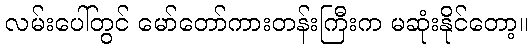
လမ်းပေါ်တွင် မော်တော်ကားတန်းကြီးက မဆုံးနိုင်တော့။